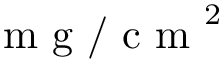
\mathrm { ~ m ~ g ~ / ~ c ~ m ~ } ^ { 2 }